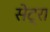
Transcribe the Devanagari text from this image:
सेट्रा